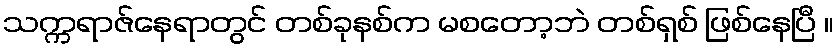
သက္ကရာဇ်နေရာတွင် တစ်ခုနစ်က မစတော့ဘဲ တစ်ရှစ် ဖြစ်နေပြီ ။